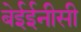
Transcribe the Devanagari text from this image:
बेईईनीसी